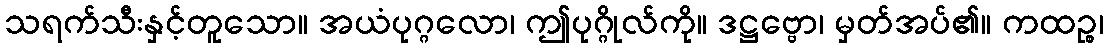
သရက်သီးနှင့်တူသော။ အယံပုဂ္ဂလော၊ ဤပုဂ္ဂိုလ်ကို။ ဒဋ္ဌဗ္ဗော၊ မှတ်အပ်၏။ ကထဉ္စ၊